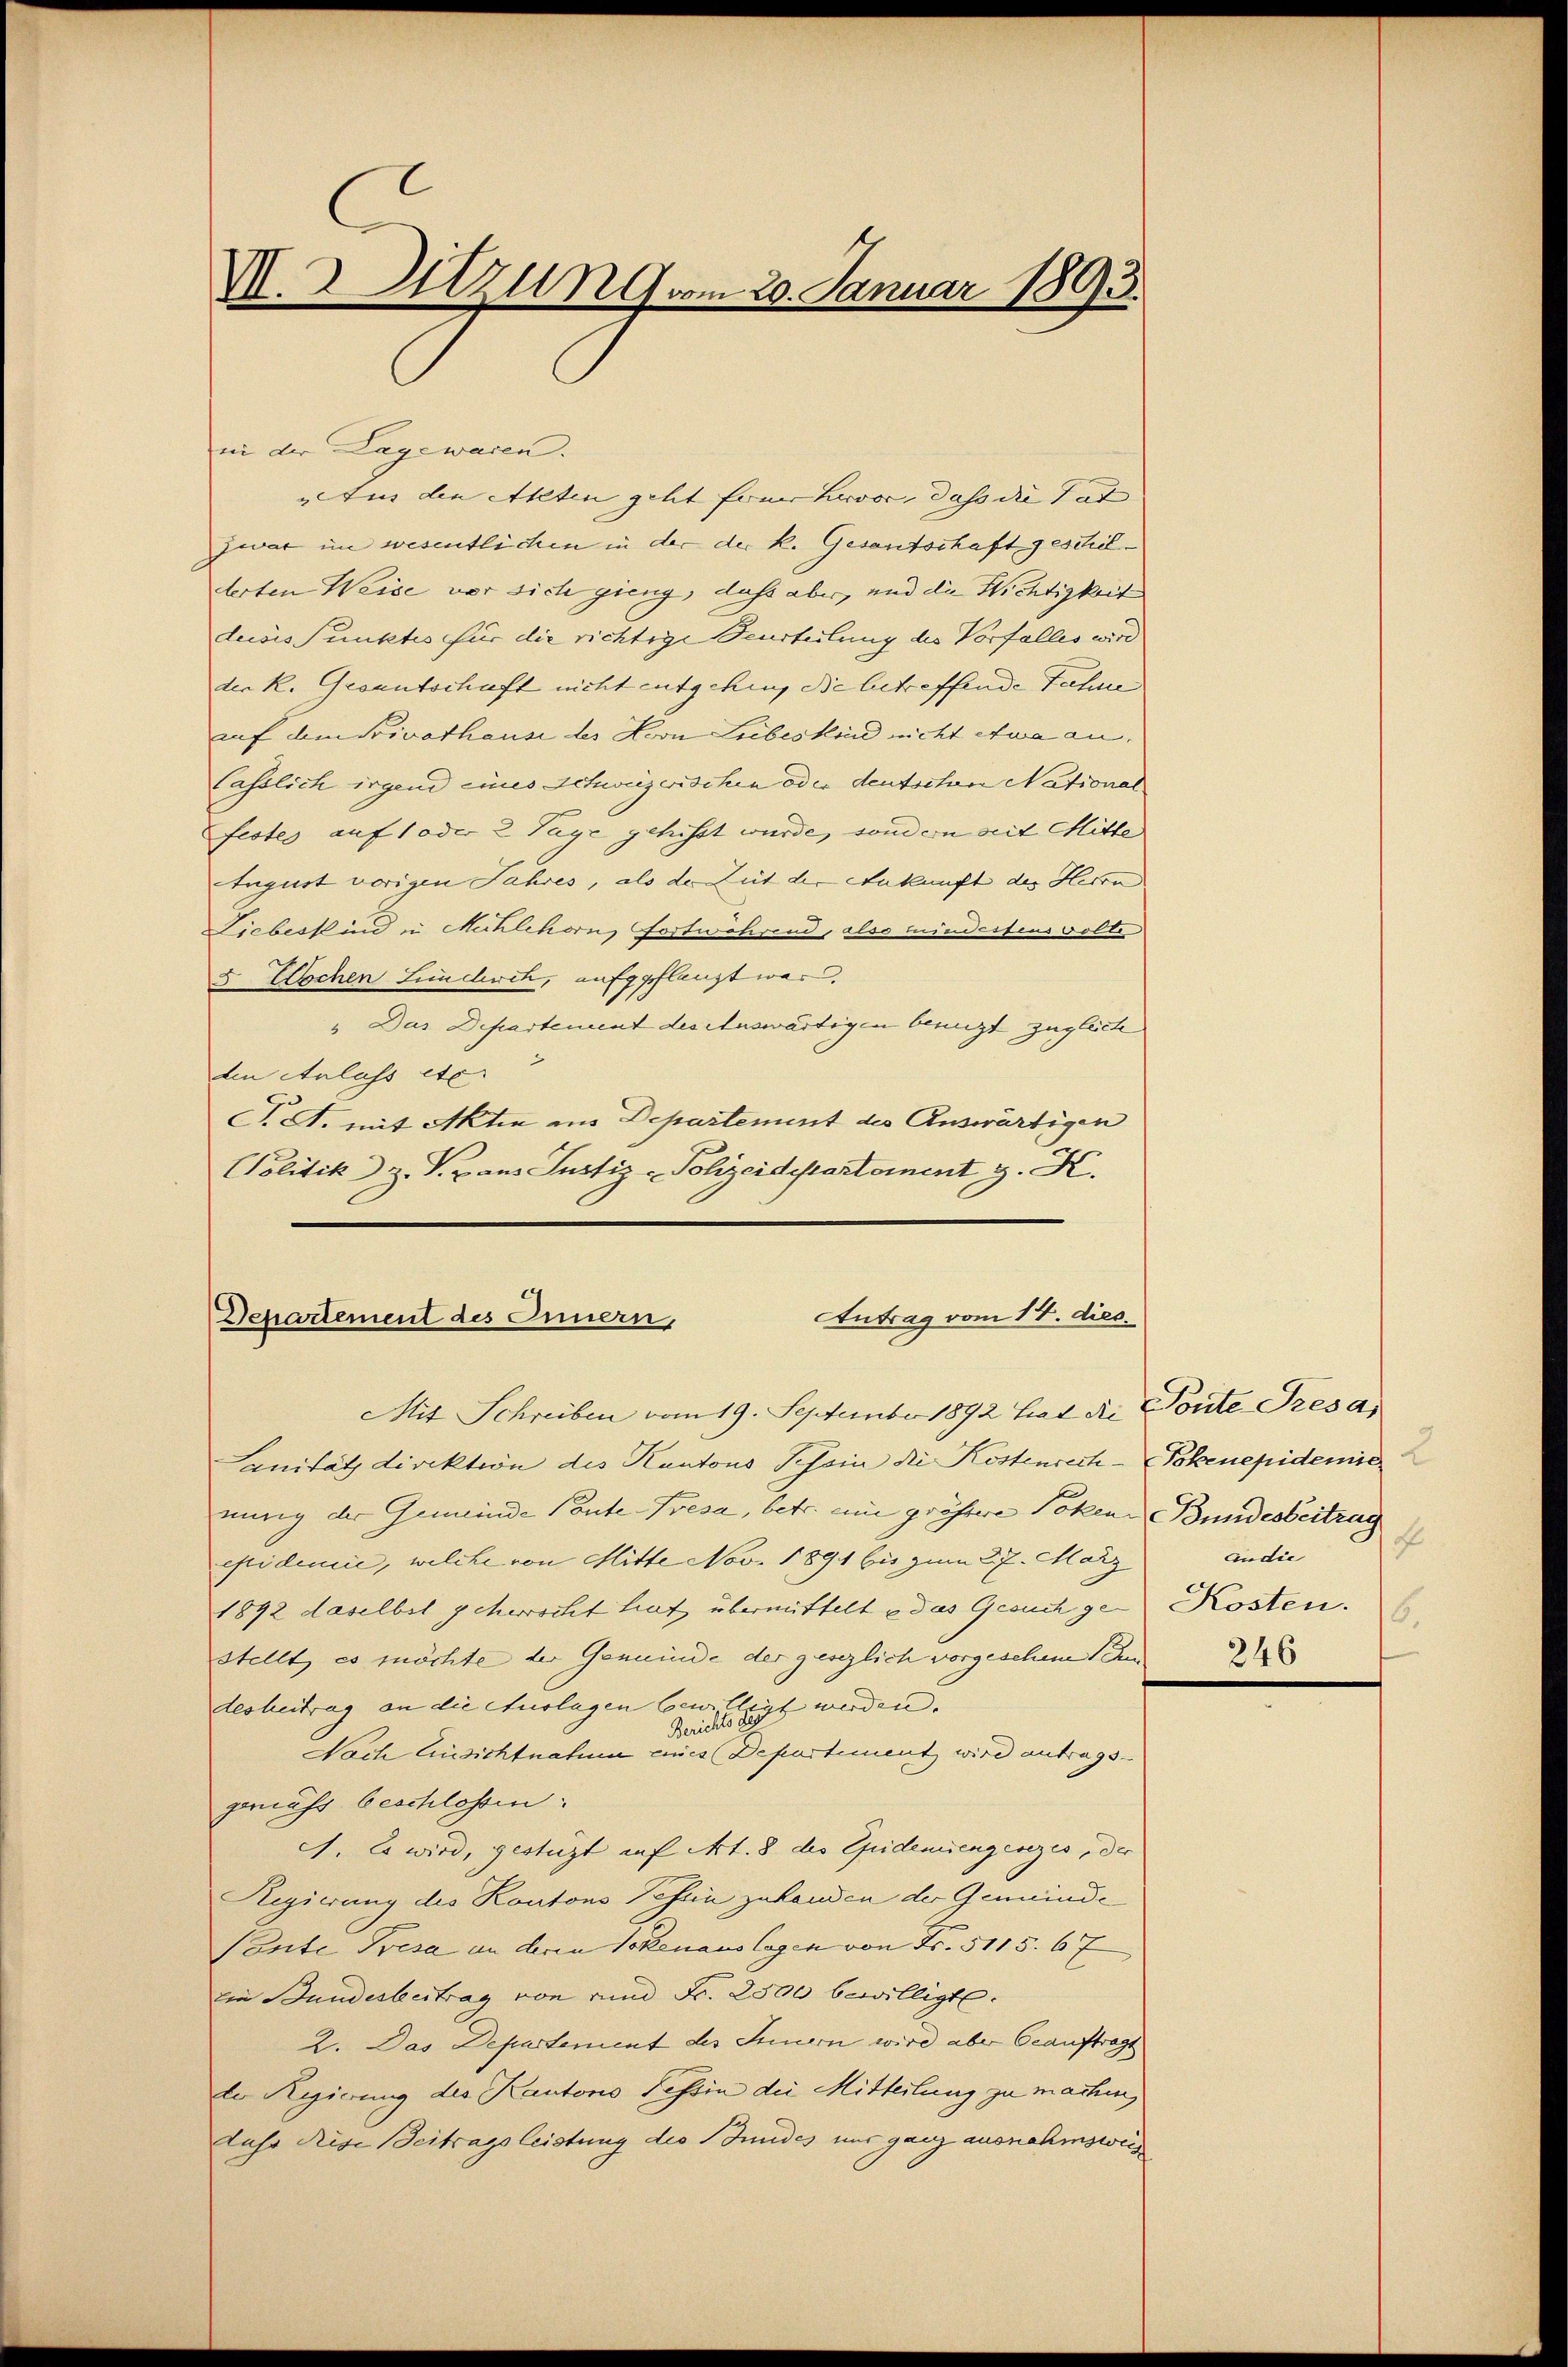
V.2 Sitzung vom 20. Januar 1893.

in der Lage waren.
Aus den Akten geht für hervor, dass die Tat
zwar im wesentlichen in der der k. Gesantschaft geschilderten Weise vor sich gieng, dass aber, und die Nichtigkeit
desis Punktes für die richtige Beurteilung des Vorfalles wird
der k. Gesantschaft nicht entgehen, die betreffende Fahne
auf dem Privathause des Horn Liebeskind nicht etwa an.
Casslich irgend eines Schweizerischen oder deutschen National
festes auf 1 oder 2 Tage gehisst wurde, sondern mit Mitte
August vorigen Jahres, als der Zeit der Ankunft der Herta
Lieberkind in Mehlehorn, Fortwährend, also mindestens volte
5 Wochen Linderch, aufgpflanzt war.
" Das Departement des Auswärtigen benuzt zugleiche
den Anlass etc.
S. A. mit Aktie ins Departement des Auswärtigen
Politik z. V. Dans Justiz - Polizeidestartement z. K.

Antrag vom 17. dies.
Departement des Innern,

Mit Schreiben vom 19. September 1892 Grad die
Lanität direktion des Kantons Tessin die Kostenrech-Pokenepidemie
nung der Gemeinde Ponte Presa, betr. ein grössere Pokene Bundesbeitrag
epidemie, welche von Mitte Nov. 1891 bis zum 27. März
1892 daselbst geherrscht hat übermittelt u das Gesuch gen Kosten.
Stellt, es möchte der Gemeinde der gesezlich vorgeschim I
desheitrag an die Auslagen bewilligt werden. |
Berichts Beg
Nach Einsichtnahme eines Departement wird antrags-
gemäss beschlossen:
A. Es wird, gestüzt auf Art. 8 des Epidemiengesezes, der
Regierung des Kantons Tessin zuhanden der Gemeinde
Ponte Presa an deren Sokenauslagen von Fr. 5115. 67
den Bundesbeitrag von rund Fr. 2500 bewilligt.
2. Das Departement der Innern wird aber beauftragt
de Regierung des Kantons Tessin die Mitteilung zu machen,
Lahr Reise Beitragsleistung des Bundes uns ganz ausnahmsweis

Tonte Tresar
f
Audie